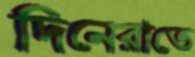
দিনেরাতে